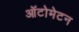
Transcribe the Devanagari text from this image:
ऑटोमेटन